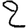
Digit: 2